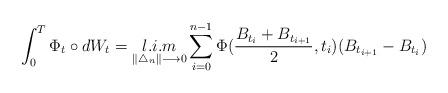
LaTeX: \begin{align*}\displaystyle \int_{0}^{T} \Phi_{t}\circ dW_{t}=\displaystyle \mathop{l.i.m}\limits_{\|\bigtriangleup_{n}\| \longrightarrow 0} \sum_{i=0}^{n-1} \Phi(\frac{B_{t_{i}}+B_{t_{i+1}}}{2},t_{i}) (B_{t_{i+1}}-B_{t_{i}})\end{align*}